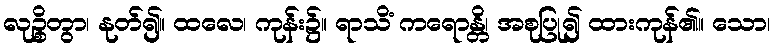
လုဉ္စိတွာ၊ နုတ်၍။ ထလေ၊ ကုန်း၌။ ရာသိံ ကရောန္တိ၊ အစုပြု၍ ထားကုန်၏။ သော၊